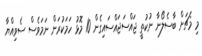
މި މެޗަށް ބާސެލޯނާ ނުކުތީ ޖައްސަޖައްސައިގެން 10 މޮޅު ހަމަކުރަން ނަމަވެސް ސެވިއްޔާ